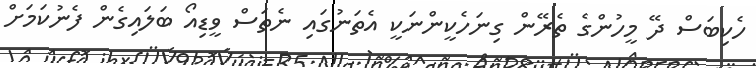
ހެކިބަސް ދޭ މީހުންގެ ތެރޭން ގިނަހެކީންނަކީ އެތަނުގައި ނެތަސް ވީޑިއޯ ބަލައިގެން ފެނުކަމަށް